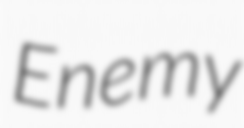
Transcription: Enemy